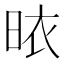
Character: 𭥾